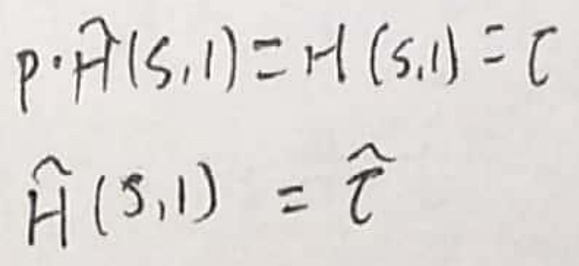
\[
p \cdot \hat{H}(s,1) = H(s,1) = c\\
\hat{H}(s,1) = \hat{c}
\]